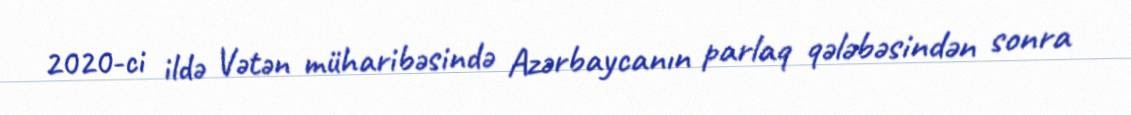
2020-ci ildə Vətən müharibəsində Azərbaycanın parlaq qələbəsindən sonra